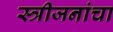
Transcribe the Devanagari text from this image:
स्त्रीजनांचा